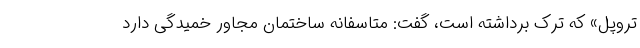
تروپل» که ترک برداشته است، گفت: متاسفانه ساختمان مجاور خمیدگی دارد